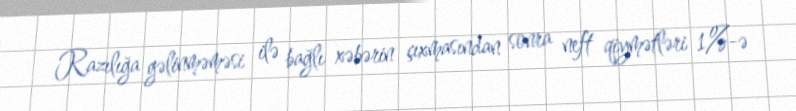
Razılığa gəlinməməsi ilə bağlı xəbərin çıxmasından sonra neft qiymətləri 1%-ə